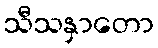
သီသနှာတော